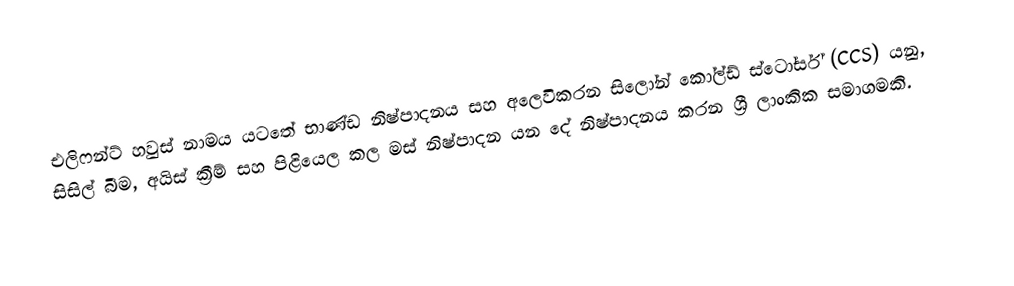
එලිෆන්ට් හවුස් නාමය යටතේ භාණ්ඩ නිෂ්පාදනය සහ අලෙවිකරන සිලෝන් කෝල්ඩ් ස්ටෝර්ස් (CCS) යනු, සිසිල් බීම, අයිස් ක්‍රීම්  සහ පිළියෙල කල මස් නිෂ්පාදන යන දේ නිෂ්පාදනය කරන  ශ්‍රී ලාංකික සමාගමකි.